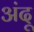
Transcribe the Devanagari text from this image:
अंदू